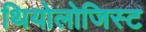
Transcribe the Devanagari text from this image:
थियोलोजिस्ट